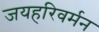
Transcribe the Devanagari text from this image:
जयहरिवर्मन